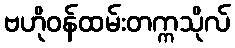
ဗဟိုဝန်ထမ်းတက္ကသိုလ်